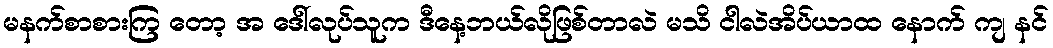
မနက်စာစားကြ တော့ အ ဒေါ်လုပ်သူက ဒီနေ့ဘယ်လိုဖြစ်တာလဲ မသိ ငါလဲအိပ်ယာထ နောက် ကျ နင်